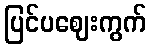
ပြင်ပဈေးကွက်